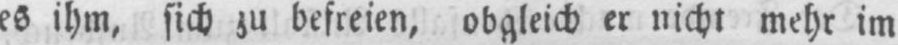
es ihm, sich zu befreien, obgleich er nicht mehr im